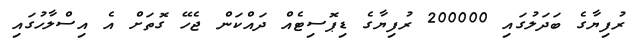
ރުފިޔާގެ ބަދަލުގައި 200000 ރުފިޔާގެ ޑިޕޮސިޓެއް ދައްކަން ޖެހޭ ގޮތަށް އެ އިސްލާހުގައި